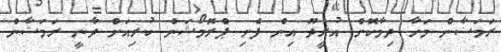
ރަމަޟާން މަހާ ދިމާކޮށް އުރީދޫ އިން ފެށި ޕްރޮމޯޝަން ކުރިއަށް ދާނީ ރަމަޟާން